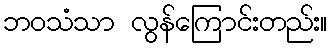
ဘဝသံသာ လွန်ကြောင်းတည်း။